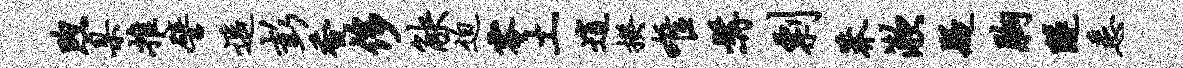
煦臬推譬遥彭香侈觖迫零土逍揆唯髯剽莽漱疑胸隧悉